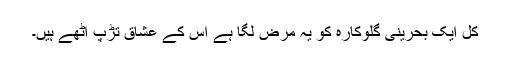
کل ایک بحرینی گلوکارہ کو یہ مرض لگا ہے اس کے عشاق تڑپ اٹھے ہیں۔